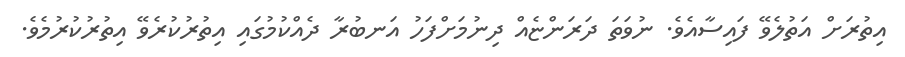
އިތުރަށް އަތުލެވޭ ފައިސާއެވެ. ނުވަތަ ދަރަންޏެއް ދިނުމަށްފަހު އަނބުރާ ދެއްކުމުގައި އިތުރުކުރެވޭ އިތުރުކުރުމެވެ.